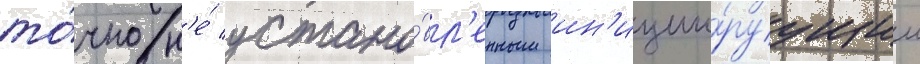
то́чно н'е́ устано́вл'енным ин'иции́руущим